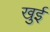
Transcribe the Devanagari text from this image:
खुई